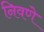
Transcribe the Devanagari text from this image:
निवणे